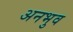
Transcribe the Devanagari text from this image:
अनभुव